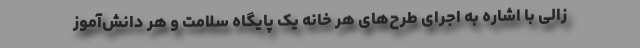
زالی با اشاره به اجرای طرح‌های هر خانه یک پایگاه سلامت و هر دانش‌آموز